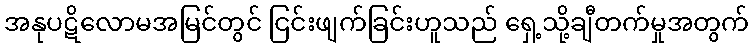
အနုပဋိလောမအမြင်တွင် ငြင်းဖျက်ခြင်းဟူသည် ရှေ့သို့ချီတက်မှုအတွက်